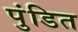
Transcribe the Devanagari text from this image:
पुंडित